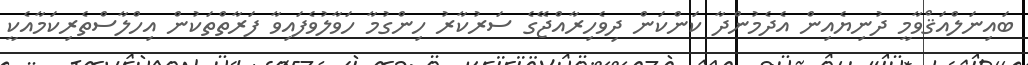
ބައިނަލްއަޤްވާމީ ދުނިޔެއިން އެދެމުންދާ ކަންކަން ދިވެހިރާއްޖޭގެ ސަރުކާރު ހިންގުމާ ހަވާލުވެފައިވާ ފަރާތްތަކުން އިހްލާސްތެރިކަމާއެކީ